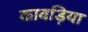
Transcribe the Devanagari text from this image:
कावड़िया